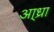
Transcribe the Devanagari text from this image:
आ्ध्रा